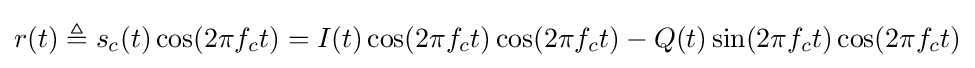
r(t)\triangleq s_{c}(t)\cos(2\pi f_{c}t)=I(t)\cos(2\pi f_{c}t)\cos(2\pi f_{c}t)-Q(t)\sin(2\pi f_{c}t)\cos(2\pi f_{c}t)